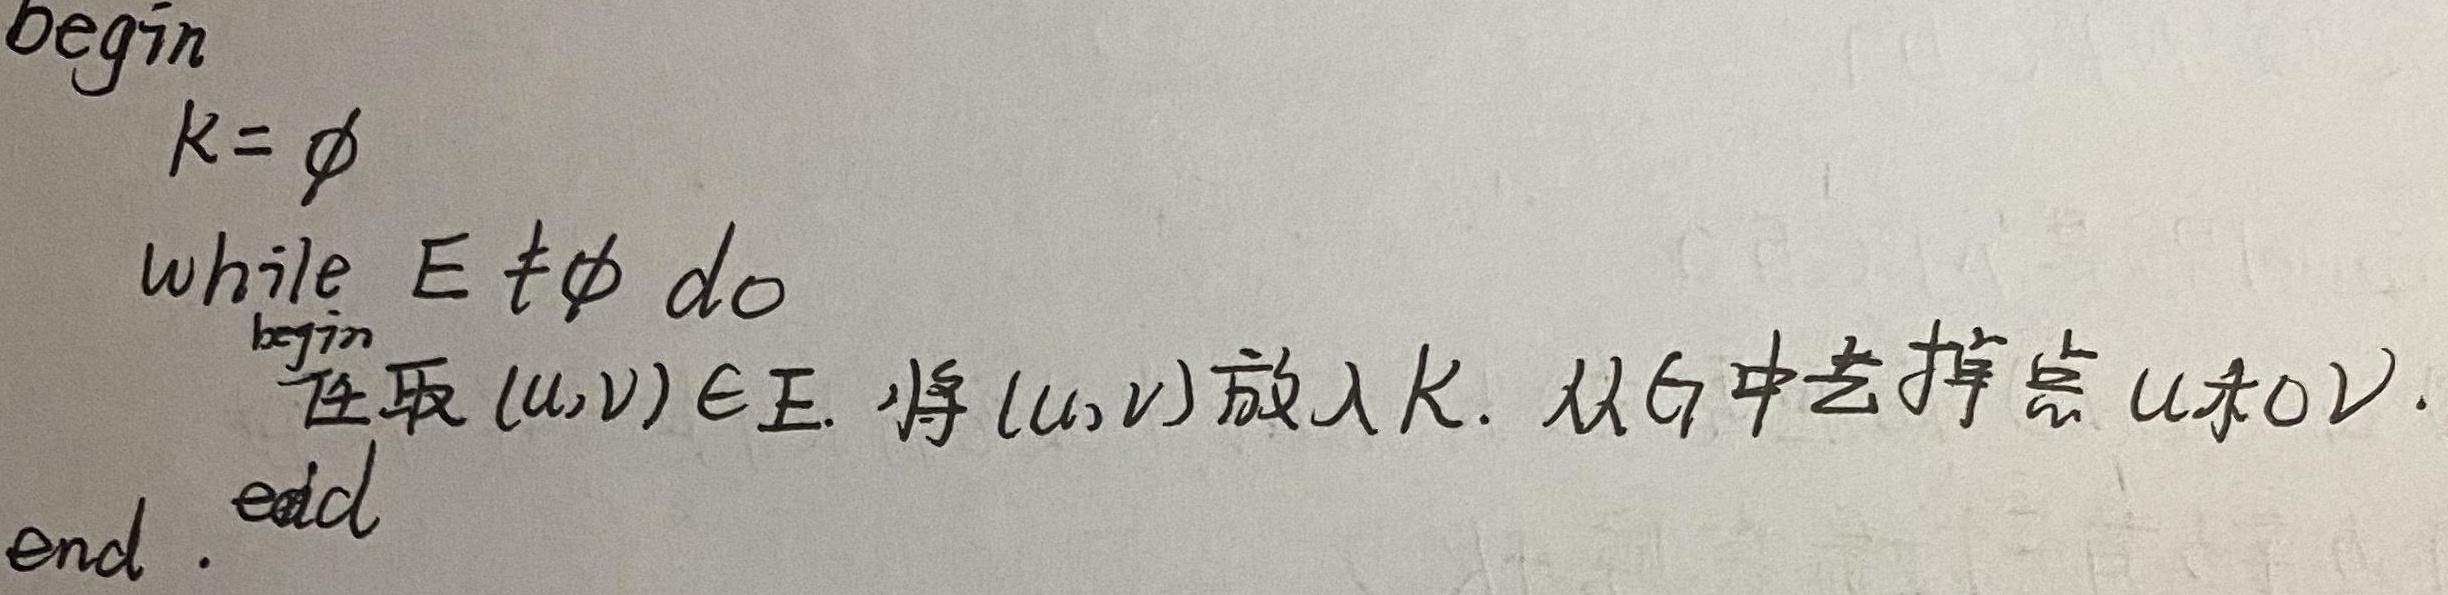
\begin{verbatim}
begin
    K = \varnothing
    while E \neq \varnothing do
        begin
            任取 $(u,v) \in E$. 将 $(u,v)$ 放入 $K$. 从 $G$ 中去掉点 $u$和$v$.
        end
end.
\end{verbatim}